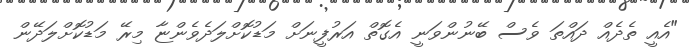
"އެއީ ތެދެއް ދައްތަ ވެސް ބޭނުންވަނީ އެގޮތް އަރުފީނަށް މަޑުކޮށްލަދެވެންޏާ މިރޭ މަޑުކޮށްލަދޭން